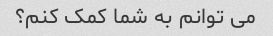
می توانم به شما کمک کنم؟